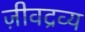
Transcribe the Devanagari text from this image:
ज़ीवद्रव्य